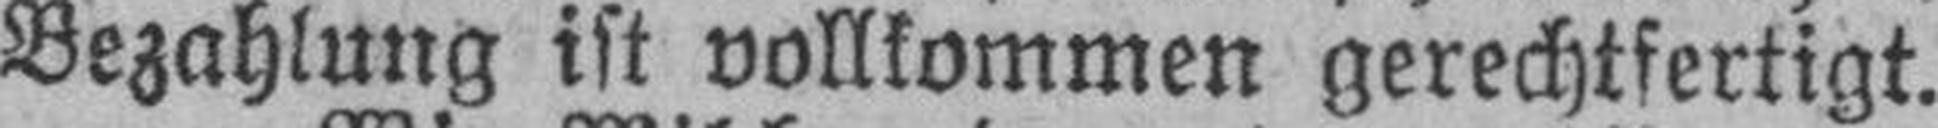
Bezahlung ist vollkommen gerechtfertigt.